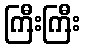
ကြီးကြီး